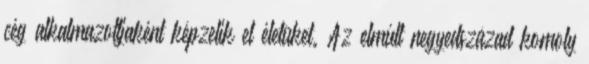
cég alkalmazottjaként képzelik el életüket. Az elmúlt negyedszázad komoly